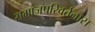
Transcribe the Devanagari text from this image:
समाजपरिवर्तनास